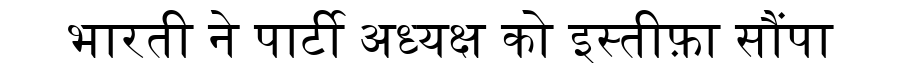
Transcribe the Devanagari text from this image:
भारती ने पार्टी अध्यक्ष को इस्तीफ़ा सौंपा